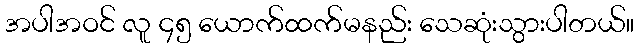
အပါအဝင် လူ ၄၅ ယောက်ထက်မနည်း သေဆုံးသွားပါတယ်။